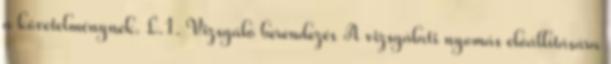
a követelménynek. L.1. Vizsgáló berendezés A vizsgálati nyomás elõállítására